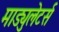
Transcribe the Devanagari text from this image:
माड्युलेटर्स